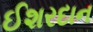
ઈશરદાન